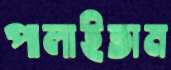
পালাইতাম